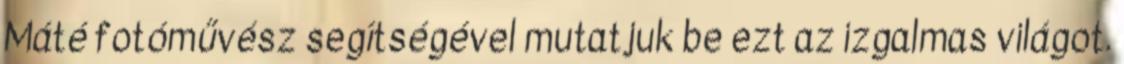
Máté fotóművész segítségével mutatjuk be ezt az izgalmas világot.